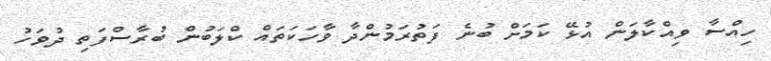
ހިއްސާ ވިއްކާލަން އުޅޭ ކަމަށް ބުނެ ފަތުރަމުންދާ ވާހަކަތައް ކްލަބުން ބުރާސްފަތި ދުވަހު